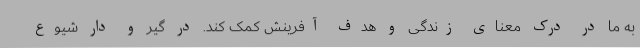
به ما در درک معنای زندگی و هدف آفرینش کمک کند. در گیر و دار شیوع